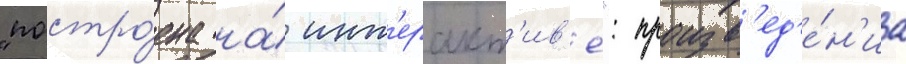
"постро́ена на́ инт'еракт'ив'е": произв'ед'е́н'иа